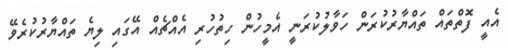
އެއީ ފޮތްތައް ތައްޔާރުކުރަން ހަވާލުކުރަނީ އެމީހުން ހިތުހުރި އެއްޗެއް އޭގައި ލިޔެ ތައްޔާރުކުރެވޭ